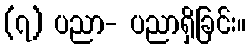
(၇) ပညာ- ပညာရှိခြင်း။